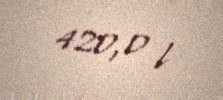
420,0 l